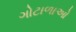
ગોટાળાઓ